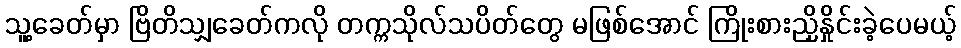
သူ့ခေတ်မှာ ဗြိတိသျှခေတ်ကလို တက္ကသိုလ်သပိတ်တွေ မဖြစ်အောင် ကြိုးစားညှိနှိုင်းခဲ့ပေမယ့်